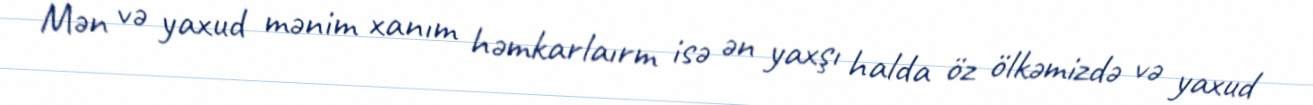
Mən və yaxud mənim xanım həmkarlaırm isə ən yaxşı halda öz ölkəmizdə və yaxud